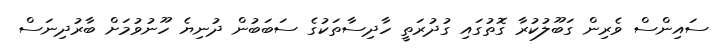
ސައިންސް ވެރިން ގަބޫލުކުރާ ގޮތުގައި ގުދުރަތީ ހާދިސާތަކުގެ ސަބަބުން ދުނިޔެ ހޫނުވުމަށް ބާރުދިނަސް